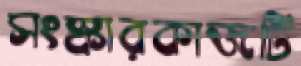
সংস্কারকাজটি